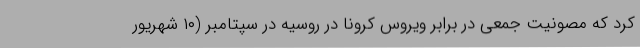
کرد که مصونیت جمعی در برابر ویروس کرونا در روسیه در سپتامبر (۱۰ شهریور